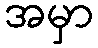
အမှာ